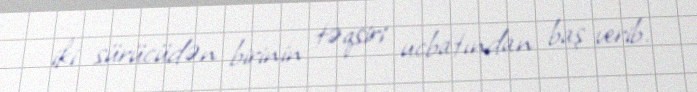
iki sürücüdən birinin təqsiri ucbatından baş verib.